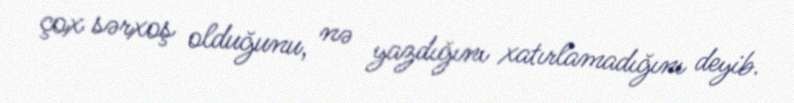
çox sərxoş olduğunu, nə yazdığını xatırlamadığını deyib.